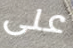
على